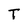
Character: T